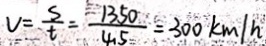
v = \frac { s } { t } = \frac { 1 3 5 0 } { 4 . 5 } = 3 0 0 k m / h